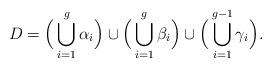
LaTeX: \begin{align*} D=\Big(\bigcup_{i=1}^g \alpha_i\Big) \cup \Big(\bigcup_{i=1}^g \beta_i\Big) \cup \Big(\bigcup_{i=1}^{g-1} \gamma_i\Big). \end{align*}